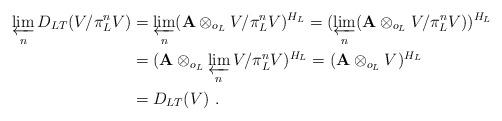
LaTeX: \begin{align*} \varprojlim_n D_{LT}(V/\pi_L^n V) & = \varprojlim_n (\mathbf{A} \otimes_{o_L} V/\pi_L^n V)^{H_L} = (\varprojlim_n (\mathbf{A} \otimes_{o_L} V/\pi_L^n V))^{H_L} \\ & = (\mathbf{A} \otimes_{o_L} \varprojlim_n V/\pi_L^n V)^{H_L} = (\mathbf{A} \otimes_{o_L} V)^{H_L} \\ & = D_{LT}(V) \ .\end{align*}